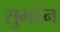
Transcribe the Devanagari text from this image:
सुमरैन